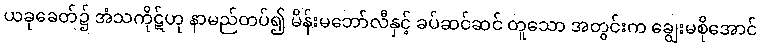
ယခုခေတ်၌ အံသကိုဋ်ဟု နာမည်တပ်၍ မိန်းမဘော်လီနှင့် ခပ်ဆင်ဆင် တူသော အတွင်းက ချွေးမစိုအောင်